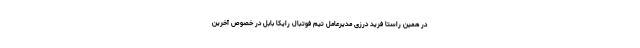
در همین راستا فرید درزی مدیرعامل تیم فوتبال رایکا بابل در خصوص آخرین